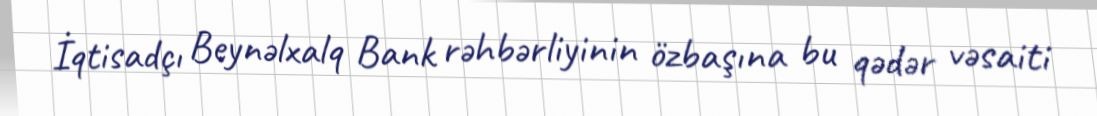
İqtisadçı Beynəlxalq Bank rəhbərliyinin özbaşına bu qədər vəsaiti